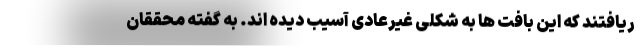
ریافتند که این بافت ها به شکلی غیرعادی آسیب دیده اند. به گفته محققان